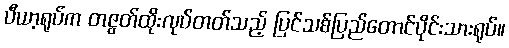
ပီယာ့ရုပ်က တဇွတ်ထိုးလုပ်တတ်သည့် ပြင်သစ်ပြည်တောင်ပိုင်းသားရုပ်။